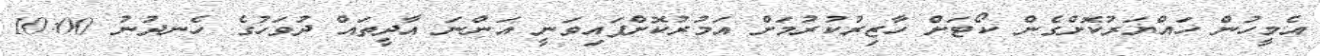
އެމީހުން ހައްޔަރުކޮށްގެން ކޯޓަށް ހާޒިރުކުރުމަށް އަމުރުކޮށްފައިވަނީ އަންނަ އާދީތައް ދުވަހުގެ ހެނދުނު 10:00